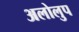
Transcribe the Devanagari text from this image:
अलोलुप